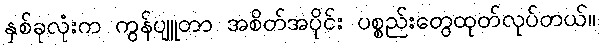
နှစ်ခုလုံးက ကွန်ပျူတာ အစိတ်အပိုင်း ပစ္စည်းတွေထုတ်လုပ်တယ်။